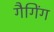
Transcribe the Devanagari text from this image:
गैगिंग